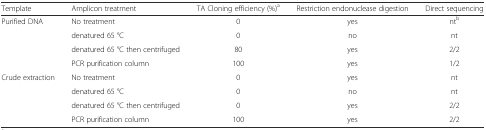
| Template | Amplicon treatment | TA Cloning efficiency (%)a | Restriction endonuclease digestion | Direct sequencing |
 | --- | --- | --- | --- | --- |
 | Purified DNA | No treatment | 0 | yes | ntb |
 |  | denatured 65 °C | 0 | no | nt |
 |  | denatured 65 °C then centrifuged | 80 | yes | 2/2 |
 |  | PCR purification column | 100 | yes | 1/2 |
 | Crude extraction | No treatment | 0 | yes | nt |
 |  | denatured 65 °C | 0 | no | nt |
 |  | denatured 65 °C then centrifuged | 0 | yes | 2/2 |
 |  | PCR purification column | 100 | yes | 2/2 |